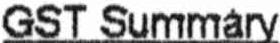
GST SUMMARY